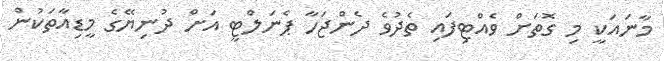
މާނައަކީ މި ގޮތަށް ވެއްޓިފައި ތެދުވެ ދެންޖަހާ ޕެނަލްޓީ އަށް ދުނިޔޭގެ މީޑިއާތަކުން